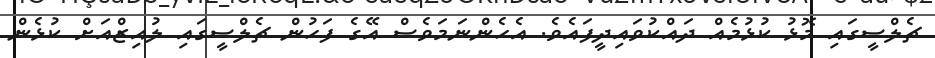
ޗެލްސީގައި މޮޅު ކުޅުމެއް ދައްކުވައިދީފައެވެ. އެހެންނަމަވެސް އޭގެ ފަހުން ޗެލްސީގައި ލުއިޒްއަށް ކުޅެން